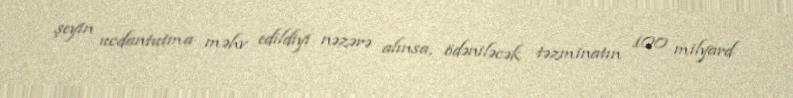
şeyin ucdantutma məhv edildiyi nəzərə alınsa, ödəniləcək təzminatın 100 milyard